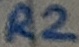
Text: R2